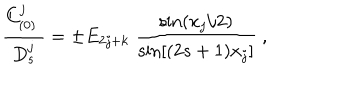
{ \frac { C _ { ( 0 ) } ^ { j } \; } { D _ { s } ^ { j } } } = \pm E _ { 2 j + k } \; { \frac { \mathrm { s i n } { ( x _ { j } / 2 ) } } { \mathrm { s i n } { [ ( 2 s + 1 ) x _ { j } } ] } } \ ,